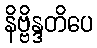
နိဗ္ဗိန္ဒတိပေ